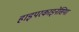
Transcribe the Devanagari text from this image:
हाइपरकाइनेसिया